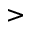
>